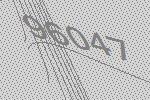
96047